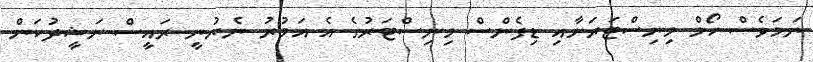
ނަމަވެސް ހޯމް މިނިސްޓަރަށާއި ޑިފެންސް މިނިސްޓަރުގެ އެ އަމުރު ނެރުނީ ރައީސް ނަޝީދުކަން